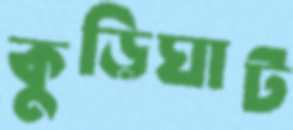
কুড়িঘাট